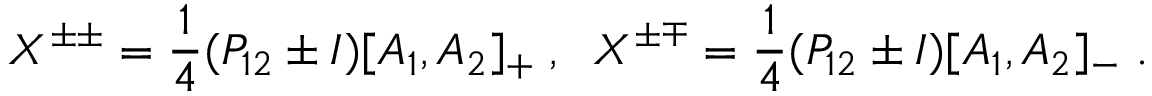
X ^ { \pm \pm } = \frac { 1 } { 4 } ( P _ { 1 2 } \pm I ) [ A _ { 1 } , A _ { 2 } ] _ { + } \; , \; \; X ^ { \pm \mp } = \frac { 1 } { 4 } ( P _ { 1 2 } \pm I ) [ A _ { 1 } , A _ { 2 } ] _ { - } \; .